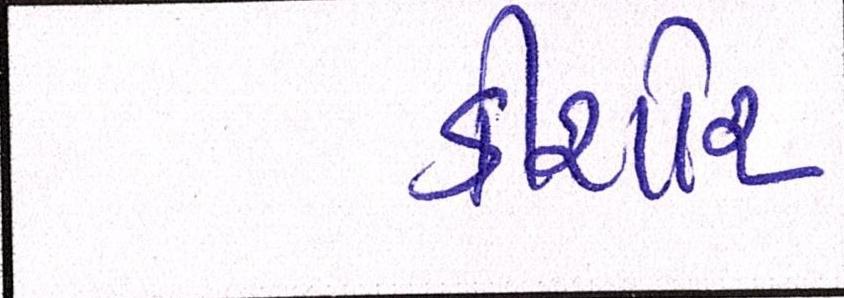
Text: કીશોર